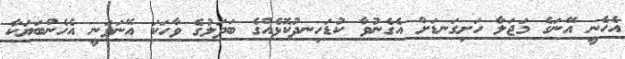
އެހެނީ އޭނަގެ މަޖަލާ ހަށިގަނޑަށް އެގެނުވާ ކުޑަހިނދުކޮޅެއްގެ ބަދަލުގެ ވާހަކަ އޭނަވަނީ އެހެންބަޔަކާ